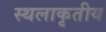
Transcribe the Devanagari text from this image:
स्थलाकृतीय